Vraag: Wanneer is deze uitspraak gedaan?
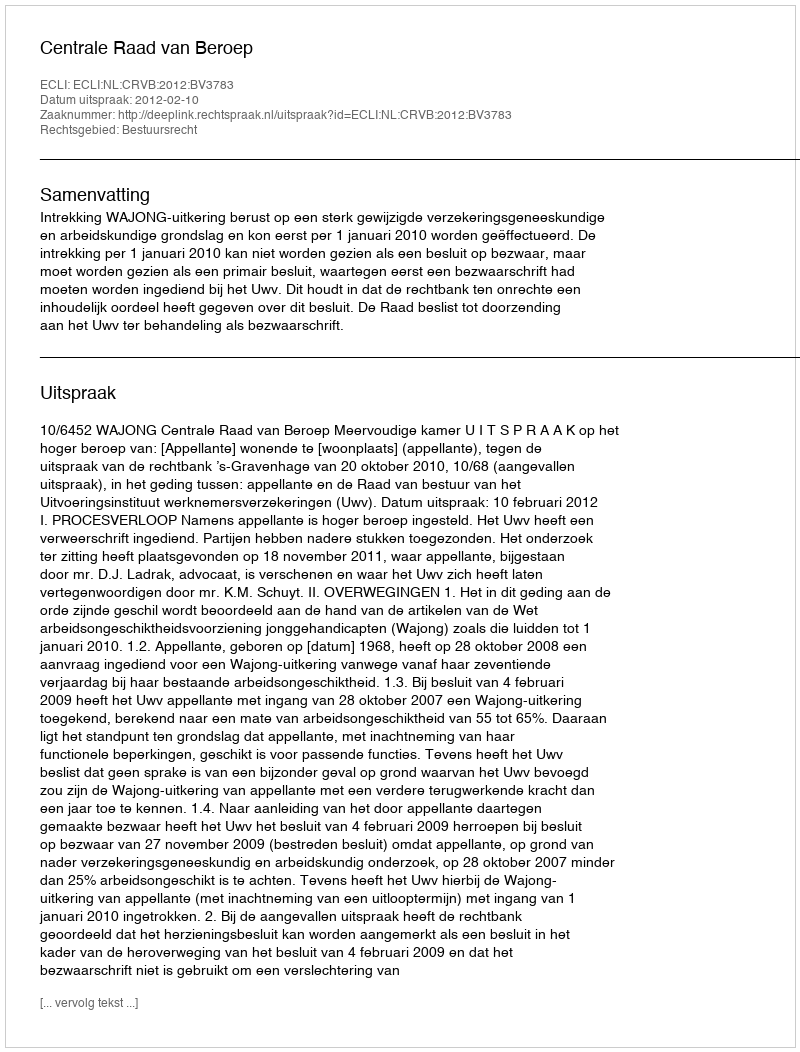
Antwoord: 2012-02-10